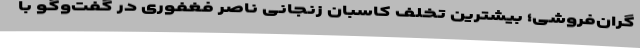
گران‌فروشی؛ بیشترین تخلف کاسبان زنجانی ناصر فغفوری در گفت‌وگو با